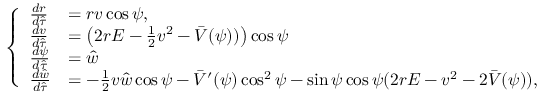
\left\{ \begin{array} { l l } { \frac { d r } { d \hat { \tau } } } & { = r v \cos \psi , } \\ { \frac { d v } { d \hat { \tau } } } & { = \left( 2 r E - \frac 1 2 v ^ { 2 } - \bar { V } ( \psi ) ) \right) \cos \psi } \\ { \frac { d \psi } { d \hat { \tau } } } & { = \hat { w } } \\ { \frac { d \hat { w } } { d \hat { \tau } } } & { = - \frac 1 2 v \hat { w } \cos \psi - \bar { V } ^ { \prime } ( \psi ) \cos ^ { 2 } \psi - \sin \psi \cos \psi ( 2 r E - v ^ { 2 } - 2 \bar { V } ( \psi ) ) , } \end{array} \right.